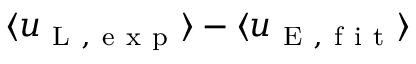
\langle u _ { \mathrm { ~ L ~ , ~ e ~ x ~ p ~ } } \rangle - \langle u _ { \mathrm { ~ E ~ , ~ f ~ i ~ t ~ } } \rangle